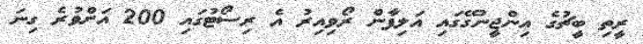
ރީތި ބީޗުގެ އިންޖީނުގޭގައި އަލިފާން ރޯވިއިރު އެ ރިސޯޓުގައި 200 އަށްވުރެ ގިނަ